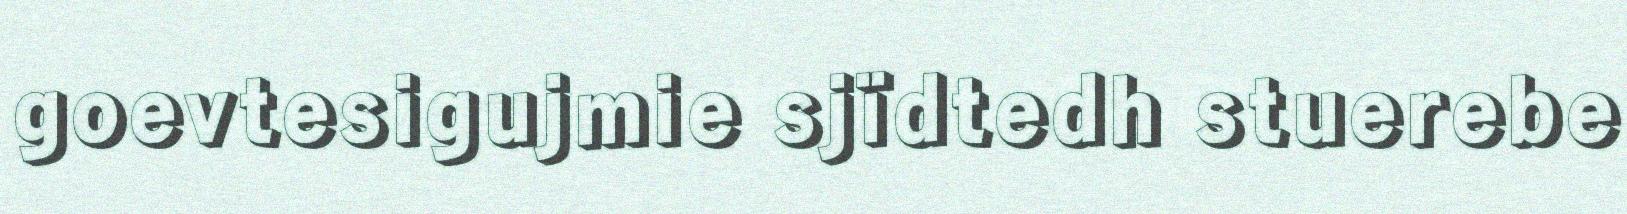
goevtesigujmie sjïdtedh stuerebe